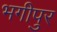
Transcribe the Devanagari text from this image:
भगीपुर